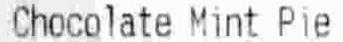
CHOCOLATE MINT PIE